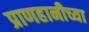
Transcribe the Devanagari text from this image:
प्राणहानीच्या